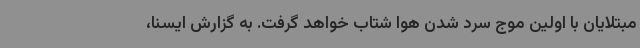
مبتلایان با اولین موج سرد شدن هوا شتاب خواهد گرفت. به گزارش ایسنا،